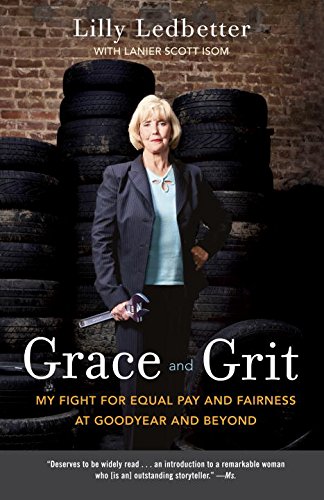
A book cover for Grace and Grit: My Fight for Equal Pay and Fairness at Goodyear and Beyond; Lilly Ledbetter; Law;